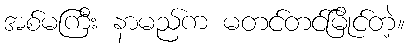
အစ်မကြီး နာမည်က မတင်တင်မြိုင်တဲ့။